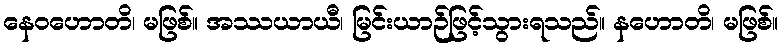
နေဝဟောတိ၊ မဖြစ်။ အဿယာယီ၊ မြင်းယာဉ်ဖြင့်သွားရသည်။ နဟောတိ၊ မဖြစ်။